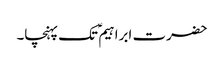
حضرت ابراہیم ؑ تک پہنچا۔